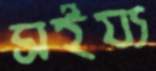
সইয্য